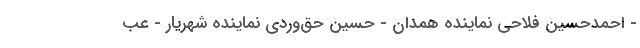
- احمدحسین فلاحی نماینده همدان - حسین حق‌وردی نماینده شهریار - عب